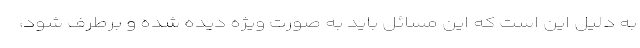
به دلیل این است که این مسائل باید به صورت ویژه دیده شده و برطرف شود،